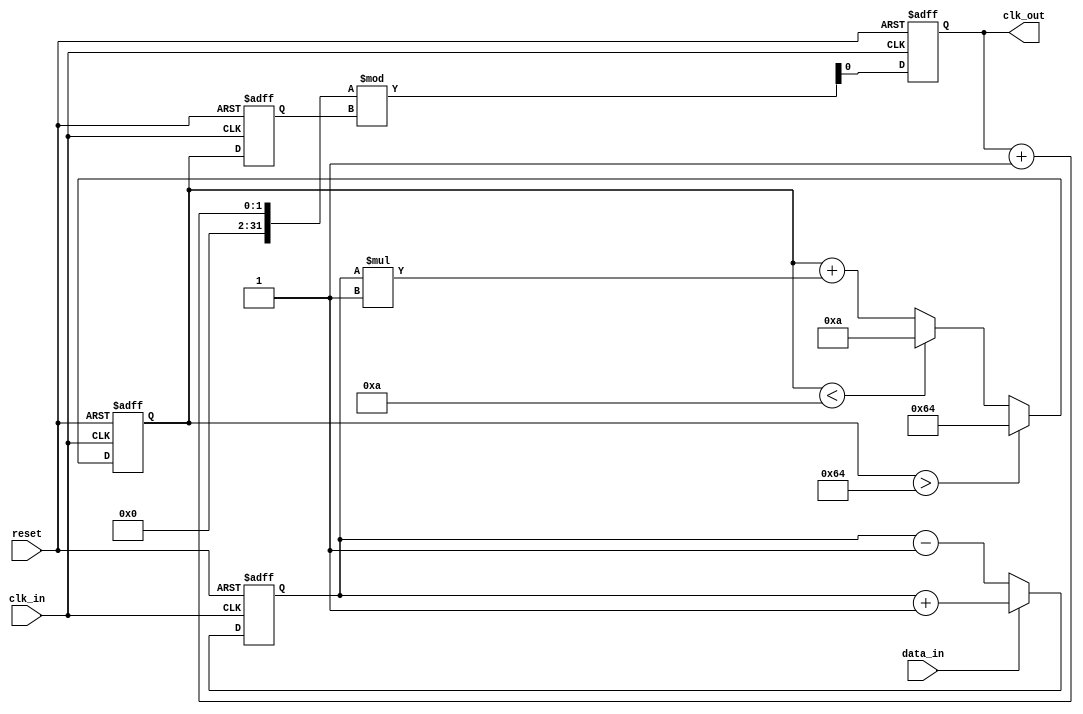
module ClockRecoveryPLL (
    input wire clk_in,         // Incoming data clock
    input wire data_in,        // Incoming data signal
    input wire reset,          // Reset signal
    output reg clk_out         // Recovered clock output
);

    // Parameters for the PLL
    parameter integer VCO_MAX_FREQ = 100; // Maximum VCO frequency
    parameter integer VCO_MIN_FREQ = 10;   // Minimum VCO frequency
    parameter integer LOOP_FILTER_GAIN = 1; // Loop filter gain

    // Internal signals
    reg [7:0] phase_error;      // Phase error signal from PD
    reg [7:0] control_voltage;   // Control voltage for VCO
    reg [7:0] vco_freq;          // Current frequency of VCO
    reg [7:0] sample_memory;     // Memory block for sampling data

    // Phase Detector (PD)
    always @(posedge clk_in or posedge reset) begin
        if (reset) begin
            phase_error <= 0;
        end else begin
            // Simple phase detection logic
            if (data_in) begin
                phase_error <= phase_error + 1; // Increment if data is high
            end else begin
                phase_error <= phase_error - 1; // Decrement if data is low
            end
        end
    end

    // Loop Filter (LF)
    always @(posedge clk_in or posedge reset) begin
        if (reset) begin
            control_voltage <= 0;
        end else begin
            // Simple low-pass filter implementation
            control_voltage <= control_voltage + (phase_error * LOOP_FILTER_GAIN);
            // Clamp control voltage to VCO frequency range
            if (control_voltage > VCO_MAX_FREQ) begin
                control_voltage <= VCO_MAX_FREQ;
            end else if (control_voltage < VCO_MIN_FREQ) begin
                control_voltage <= VCO_MIN_FREQ;
            end
        end
    end

    // Voltage-Controlled Oscillator (VCO)
    always @(posedge clk_in or posedge reset) begin
        if (reset) begin
            vco_freq <= VCO_MIN_FREQ;
            clk_out <= 0;
        end else begin
            // Adjust VCO frequency based on control voltage
            vco_freq <= control_voltage;
            // Generate clock output based on VCO frequency
            clk_out <= (clk_out + 1) % vco_freq; // Simple clock generation
        end
    end

    // Memory Block for Sampling
    always @(posedge clk_in or posedge reset) begin
        if (reset) begin
            sample_memory <= 0;
        end else begin
            // Sample the incoming data signal
            sample_memory <= {sample_memory[6:0], data_in}; // Shift register for sampling
        end
    end

endmodule